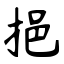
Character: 挹